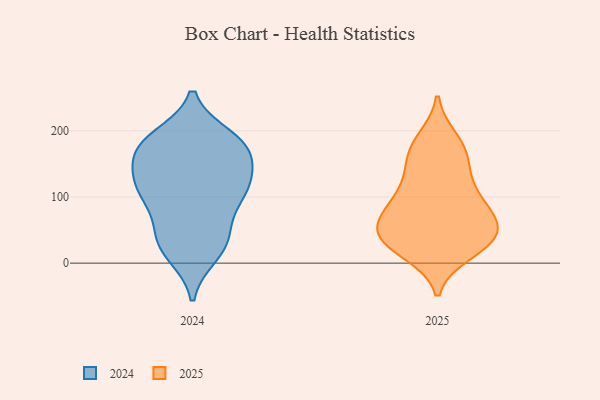
{"axis": {"x": "Backlog", "y": "Value"}, "legend": ["2024", "2025"], "data": [{"x": "", "y": 31, "type": "2025"}, {"x": "", "y": 187, "type": "2025"}, {"x": "", "y": 86, "type": "2025"}, {"x": "", "y": 178, "type": "2025"}, {"x": "", "y": 92, "type": "2025"}, {"x": "", "y": 28, "type": "2025"}, {"x": "", "y": 168, "type": "2025"}, {"x": "", "y": 16, "type": "2025"}, {"x": "", "y": 69, "type": "2025"}, {"x": "", "y": 46, "type": "2025"}, {"x": "", "y": 151, "type": "2025"}, {"x": "", "y": 139, "type": "2025"}, {"x": "", "y": 105, "type": "2025"}, {"x": "", "y": 52, "type": "2025"}, {"x": "", "y": 109, "type": "2025"}, {"x": "", "y": 57, "type": "2025"}, {"x": "", "y": 24, "type": "2025"}, {"x": "", "y": 40, "type": "2025"}, {"x": "", "y": 61, "type": "2025"}, {"x": "", "y": 37, "type": "2024"}, {"x": "", "y": 17, "type": "2024"}, {"x": "", "y": 42, "type": "2024"}, {"x": "", "y": 109, "type": "2024"}, {"x": "", "y": 172, "type": "2024"}, {"x": "", "y": 165, "type": "2024"}, {"x": "", "y": 180, "type": "2024"}, {"x": "", "y": 107, "type": "2024"}, {"x": "", "y": 77, "type": "2024"}, {"x": "", "y": 13, "type": "2024"}, {"x": "", "y": 190, "type": "2024"}, {"x": "", "y": 117, "type": "2024"}, {"x": "", "y": 115, "type": "2024"}, {"x": "", "y": 102, "type": "2024"}, {"x": "", "y": 39, "type": "2024"}, {"x": "", "y": 130, "type": "2024"}, {"x": "", "y": 177, "type": "2024"}, {"x": "", "y": 137, "type": "2024"}, {"x": "", "y": 188, "type": "2024"}, {"x": "", "y": 171, "type": "2024"}]}